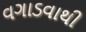
વગાડવાથી